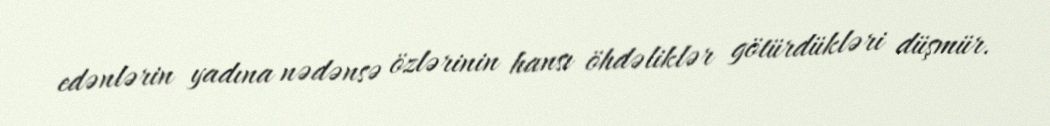
edənlərin yadına nədənsə özlərinin hansı öhdəliklər götürdükləri düşmür.